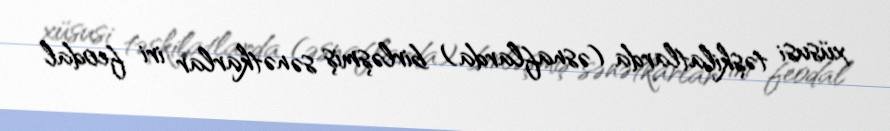
xüsusi təşkilatlarda (əsnaflarda) birləşmiş sənətkarlar iri feodal